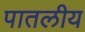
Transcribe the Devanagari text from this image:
पातलीय